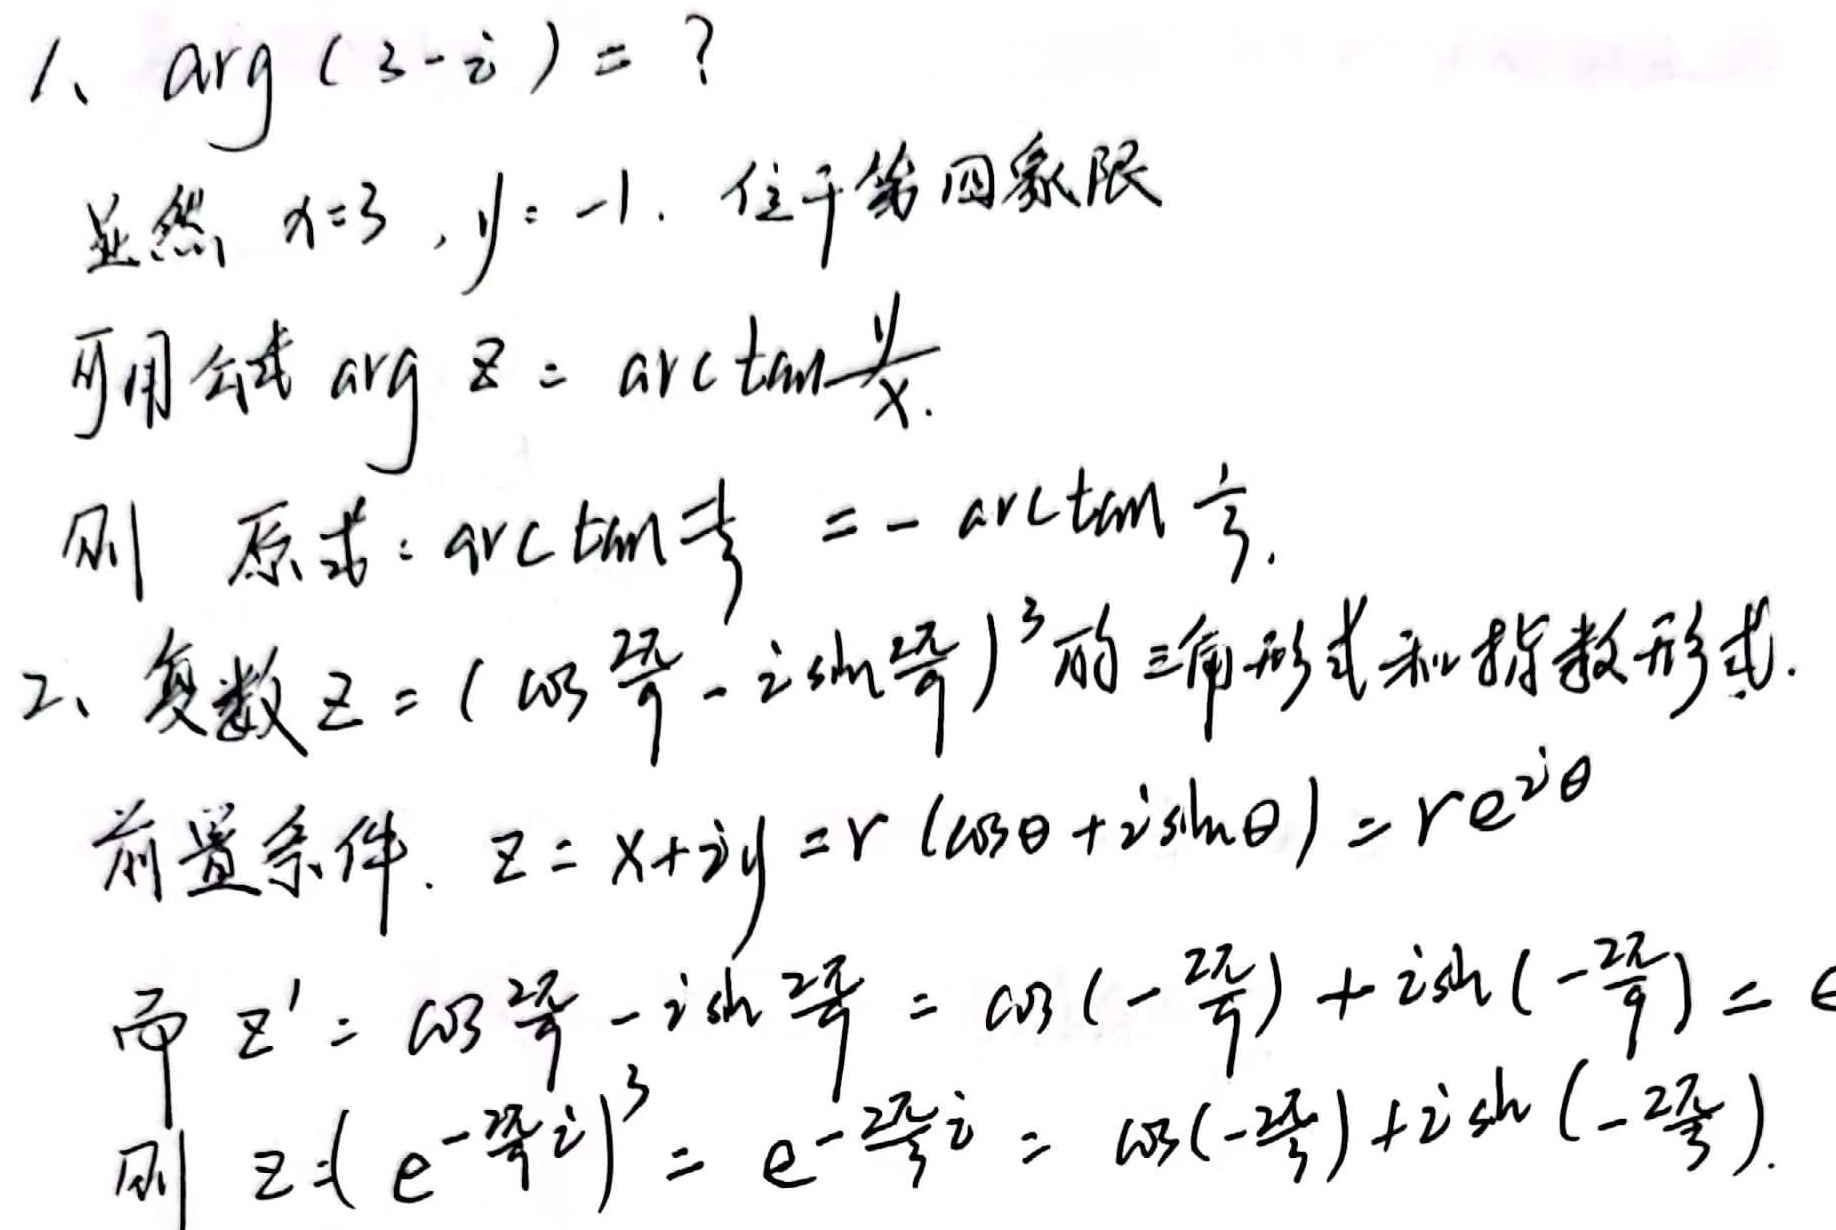
1、\(\arg(3 - i)=?\)
显然，\(x = 3\)，\(y = -1\)，位于第四象限，可用公式\(\arg z = \arctan\frac{y}{x}\)。
则原式\(=\arctan\frac{-1}{3}=-\arctan\frac{1}{3}\)。

2、复数\(z = (\cos\frac{22\pi}{9}-i\sin\frac{22\pi}{9})^3\)的三角形式和指数形式。
前置条件：\(z = x + iy = r(\cos\theta + i\sin\theta)=re^{i\theta}\)
而\(z'=\cos\frac{22\pi}{9}-i\sin\frac{22\pi}{9}=\cos(-\frac{22\pi}{9})+i\sin(-\frac{22\pi}{9})\)
则\(z=(e^{-\frac{22\pi}{9}i})^3=e^{-\frac{22\pi}{3}i}=\cos(-\frac{22\pi}{3})+i\sin(-\frac{22\pi}{3})\)。